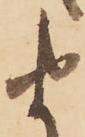
由